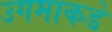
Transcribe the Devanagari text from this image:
उगमाकडे